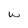
Character: w